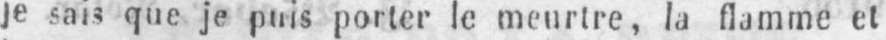
je sais que je puis porter le meurtre, la flamme et